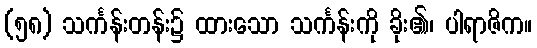
(၅၈) သင်္ကန်းတန်း၌ ထားသော သင်္ကန်းကို ခိုး၏၊ ပါရာဇိက။